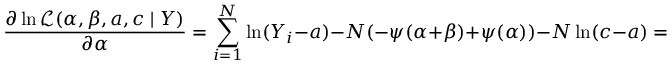
{ \frac { \partial \ln { \mathcal { L } } ( \alpha , \beta , a , c \mid Y ) } { \partial \alpha } } = \sum _ { i = 1 } ^ { N } \ln ( Y _ { i } - a ) - N ( - \psi ( \alpha + \beta ) + \psi ( \alpha ) ) - N \ln ( c - a ) = 0